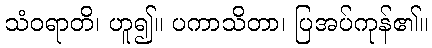
သံဝရာတိ၊ ဟူ၍။ ပကာသိတာ၊ ပြအပ်ကုန်၏။